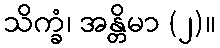
သိက္ခံ၊ အန္တိမာ (၂)။